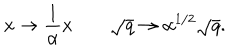
LaTeX: x \rightarrow { \frac { 1 } { \alpha } } x \qquad \sqrt { q } \rightarrow \alpha ^ { { 1 / 2 } } \sqrt { q } .